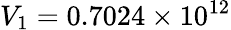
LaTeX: V_{1}=0.7024\times 10^{12}